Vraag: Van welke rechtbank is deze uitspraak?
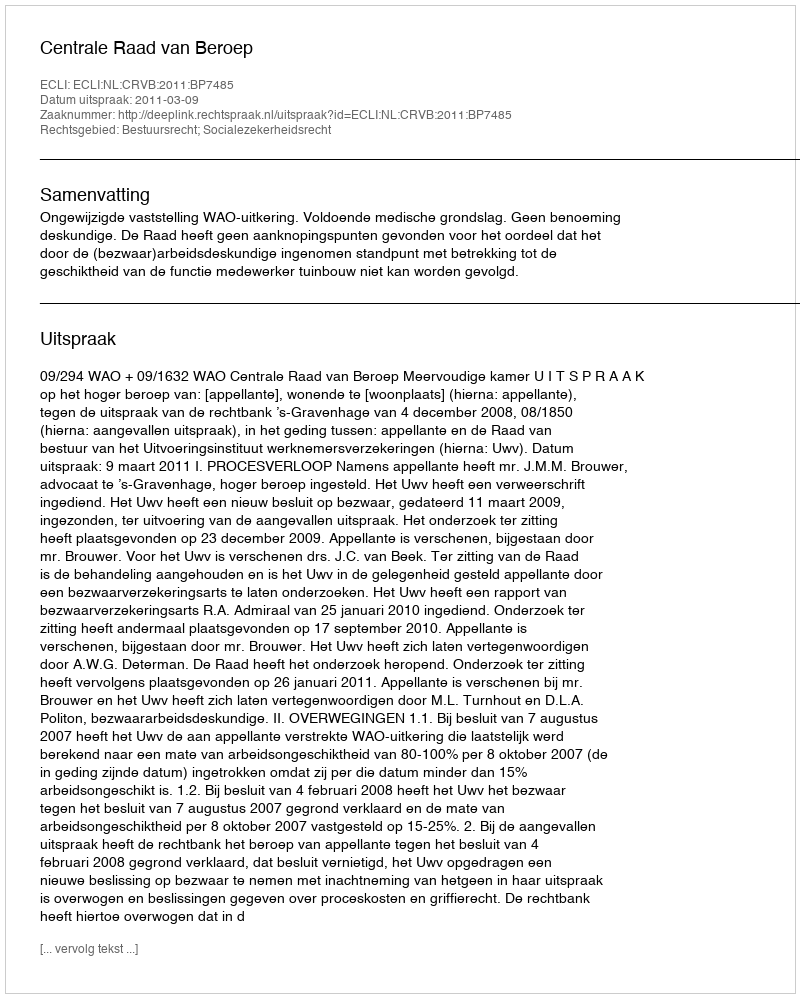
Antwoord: Centrale Raad van Beroep